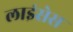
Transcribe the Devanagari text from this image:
लाइंसेस